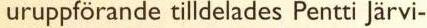
uruppförande tilldelades Pentti Järvi-